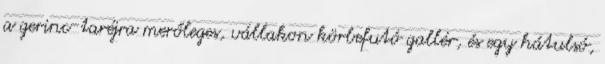
a gerinc-taréjra merőleges, vállakon körbefutó gallér, és egy hátulsó,